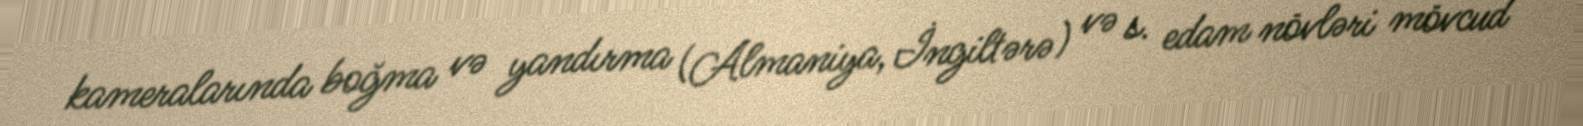
kameralarında boğma və yandırma (Almaniya, İngiltərə) və s. edam növləri mövcud